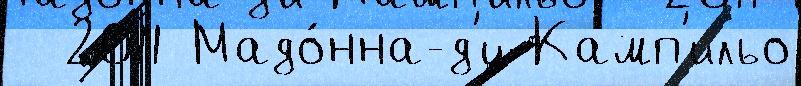
  2011 Мадо́нна-д'и-Камп'ильо